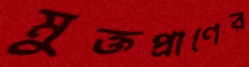
মুক্তপ্রাণের